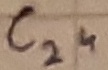
Text: C24